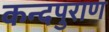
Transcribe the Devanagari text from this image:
कन्दपुराण